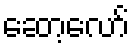
ဆော့လော်